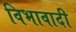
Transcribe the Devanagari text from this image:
विभावादी